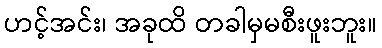
ဟင့်အင်း၊ အခုထိ တခါမှမစီးဖူးဘူး။